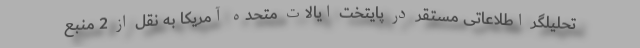
تحلیلگر اطلاعاتی مستقر در پایتخت ایالات متحده آمریکا به نقل از 2 منبع